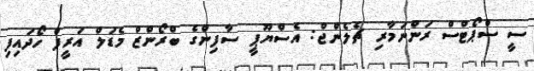
ސީ ސްޕޯޓްސް ރަންނަމާރި ޗެލެންޖް: އެސްޔޫޕީ ސާފިންގެ ބްރޯންޒް މެޑަލް އަރީފް ހޯދައިފި